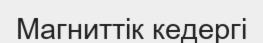
Магниттік кедергі